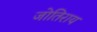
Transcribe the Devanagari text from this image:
जोतिराय